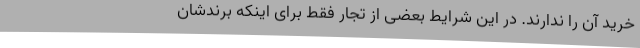
خرید آن را ندارند. در این شرایط بعضی از تجار فقط برای اینکه برندشان